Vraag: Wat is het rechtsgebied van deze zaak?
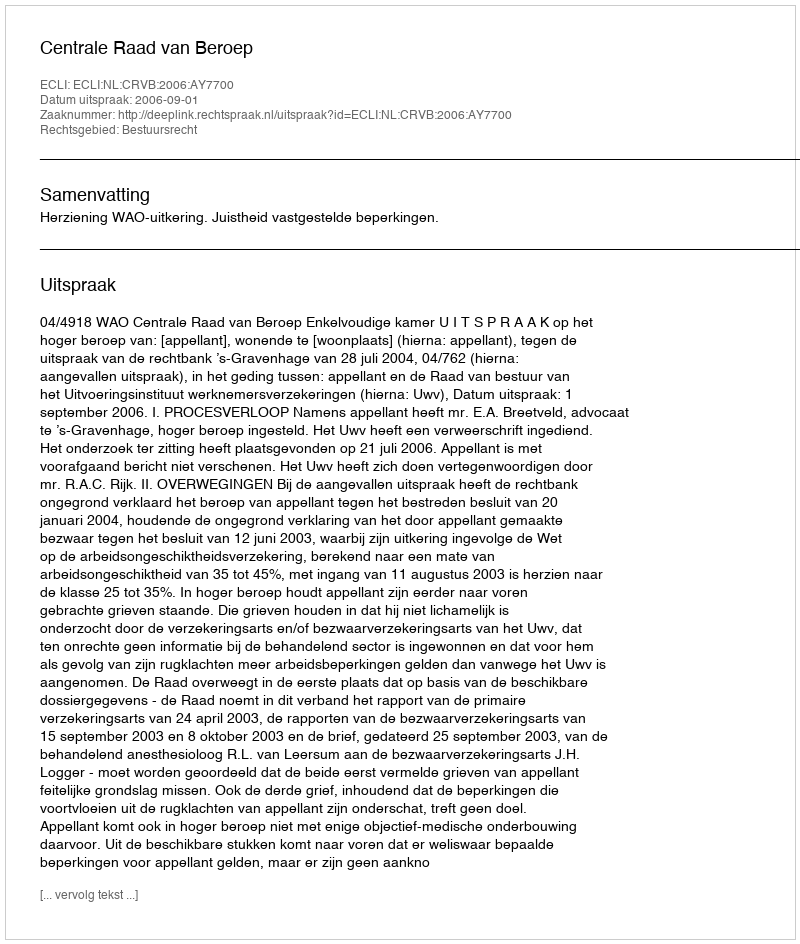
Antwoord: Bestuursrecht